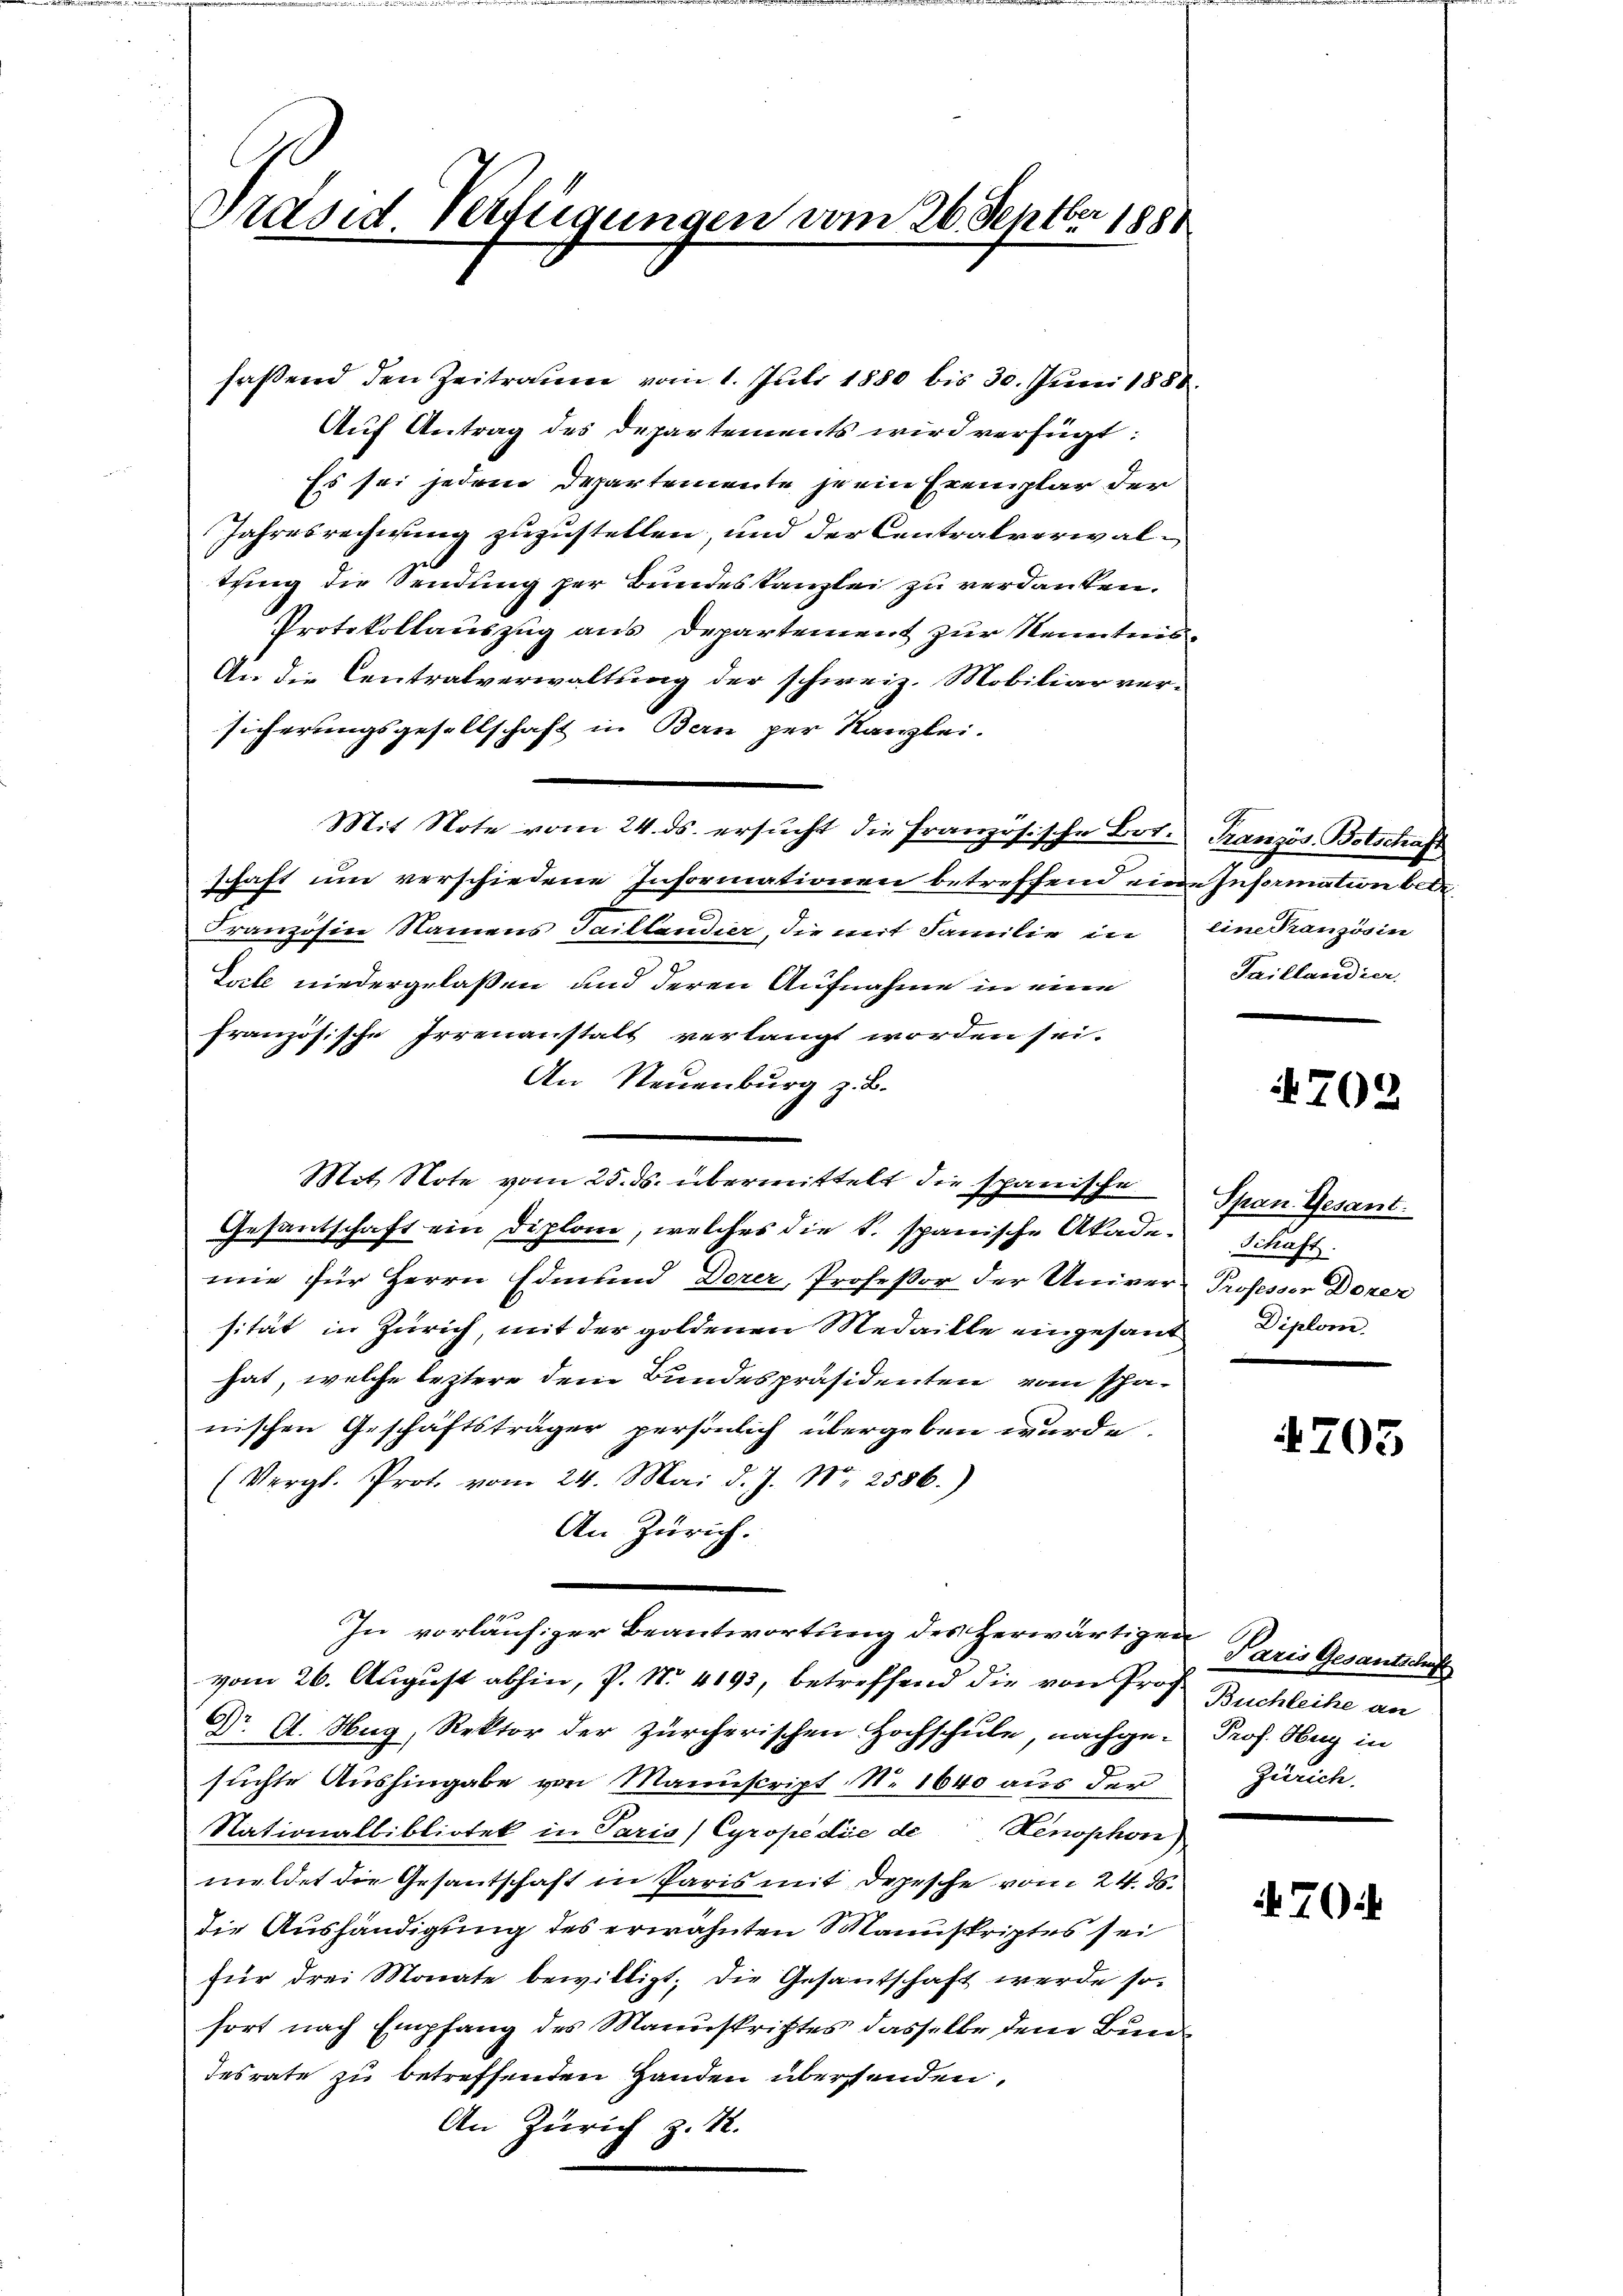
Präsid. Verfügungen vom 26. Septber 1881

fassend den Zeitraum vom 1. Juli 1880 bis 30. Juni 1888.
Auf Antrag des Departements wird verfügt:
Es sei jedem Departemente je ein Exemplar der
Jahresrechnung zuzustellen, und der Centralverwaltung die Sendung per Bundes Kanzlei zu verdanken.
Protokollauszug aus Departement zur Kenntnis¬
An die Centralverwaltung der schweiz. Mobiliarver-
sicherungsgesellschaft in Bern per Kanzlei.
Mit Note vom 24. ds. ersucht die Französische Bot-Tranzös. Botschaft
schaft um verschiedene Informationen betreffend eine Information betr.
Französin Namens Taillandier, die mit Familie in eine Französin
Torte niedergelassen und deren Aufnahme in eine
französische Irrenanstalt verlangt worden sei.
An Neuenburg z. B.
Mit Note vom 25. ds. übermittelt die spanische Span Gesant.
Gesantschaft ein Diplom, welches die k. spanische Akade-Schaft.
mie für Herrn Edmund Dorer, Professor der Univer- Professor Doner
sität in Zürich, mit der goldenen Medaille eingesand Diplom
hat, welche leztere dem Bundespräsidenten vom Panischen Geschäftsträger persönlich übergeben wurde.
(Vergl. Prot. vom 24. Mai d. J. Nr. 2586.)
An Zürich.
In vorläufiger Beantwortung des herwärtigen
vom 26. August abhin, P. Nr. 4193, betreffend die von Prof. Buchleihe
Dr. A. Hug, Rektor der zürcherischen Hochschule, nachge-Prof. Hug in
suchte Aushingabe von Manuscript No. 1640 aus der
Nationalbibliotek in Paris) Cyropédie de Henophon
meldet die Gesantschaft in Paris mit Depesche vom 24. ds.
die Aushändigung des erwähnten Manuskriptes sei
für drei Monate bewilligt; die Gesantschaft werde so
fort nach Empfang des Manustrittes dasselbe dem Bun¬
Tesrate zu betreffenden Handen übersenden.
An Zürich z. R.

Taillandier

702

4705

Paris Gesantschaft
Zürich.

70.